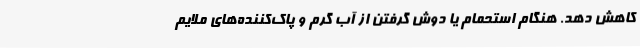
کاهش دهد. هنگام استحمام یا دوش گرفتن از آب گرم و پاک‌کننده‌های ملایم